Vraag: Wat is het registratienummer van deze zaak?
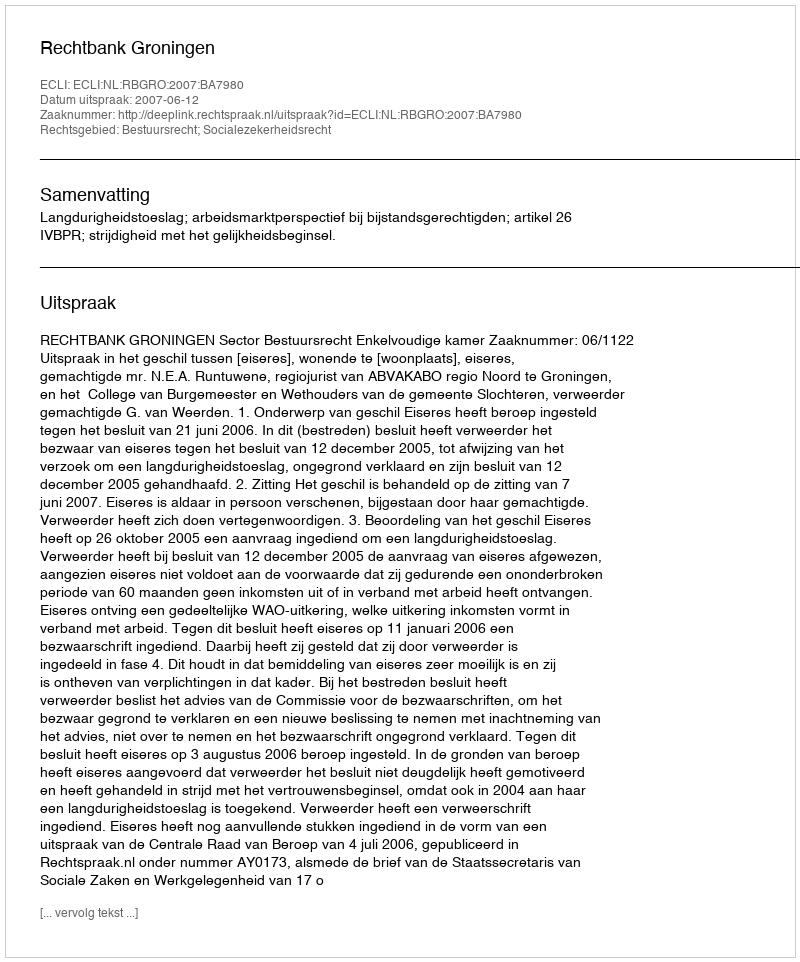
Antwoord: http://deeplink.rechtspraak.nl/uitspraak?id=ECLI:NL:RBGRO:2007:BA7980